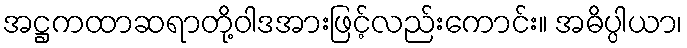
အဋ္ဌကထာဆရာတို့ဝါဒအားဖြင့်လည်းကောင်း။ အဓိပ္ပါယာ၊